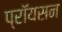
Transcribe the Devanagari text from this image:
प्रॉयसन